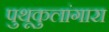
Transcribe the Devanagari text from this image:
पुथूकुलांगारा